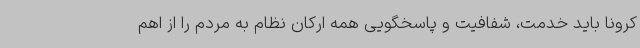
کرونا باید خدمت، شفافیت و پاسخگویی همه ارکان نظام به مردم را از اهم